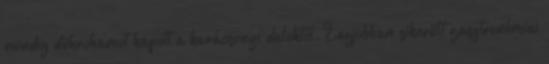
mindig dührohamot kapott a karácsonyi daloktól. Legjobban sikerült gasztronómiai